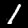
Digit: 1